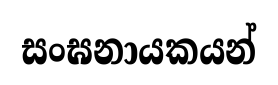
සංඝනායකයන්